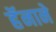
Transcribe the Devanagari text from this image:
हॅनाने